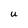
Character: U